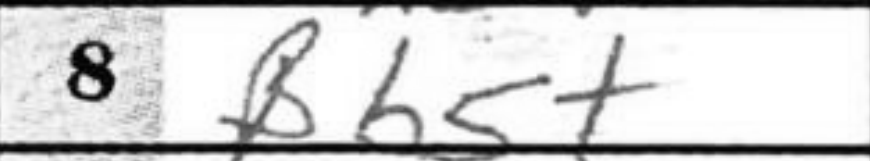
Transcription: Bb5+